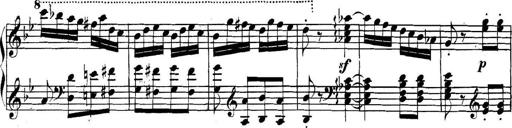
Title: Collected Piano Sonatas
Composer: Muzio Clementi